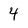
Character: 4